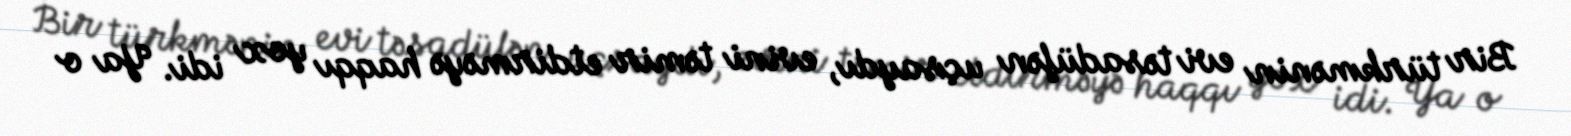
Bir türkmənin evi təsadüfən uçsaydı, evini təmir etdirməyə haqqı yox idi. Ya o